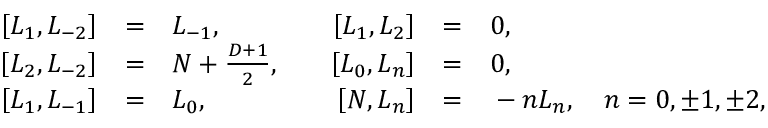
\begin{array} { r c l r c l } { { \left[ L _ { 1 } , L _ { - 2 } \right] } } & { { = } } & { { L _ { - 1 } , } } & { { \quad \left[ L _ { 1 } , L _ { 2 } \right] } } & { { = } } & { { 0 , } } \\ { { \left[ L _ { 2 } , L _ { - 2 } \right] } } & { { = } } & { { N + \frac { D + 1 } { 2 } , } } & { { \quad \left[ L _ { 0 } , L _ { n } \right] } } & { { = } } & { { 0 , } } \\ { { \left[ L _ { 1 } , L _ { - 1 } \right] } } & { { = } } & { { L _ { 0 } , } } & { { \quad \left[ N , L _ { n } \right] } } & { { = } } & { { { } - n L _ { n } , \quad n = 0 , \pm 1 , \pm 2 , } } \end{array}